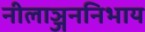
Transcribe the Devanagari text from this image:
नीलाञ्जननिभाय